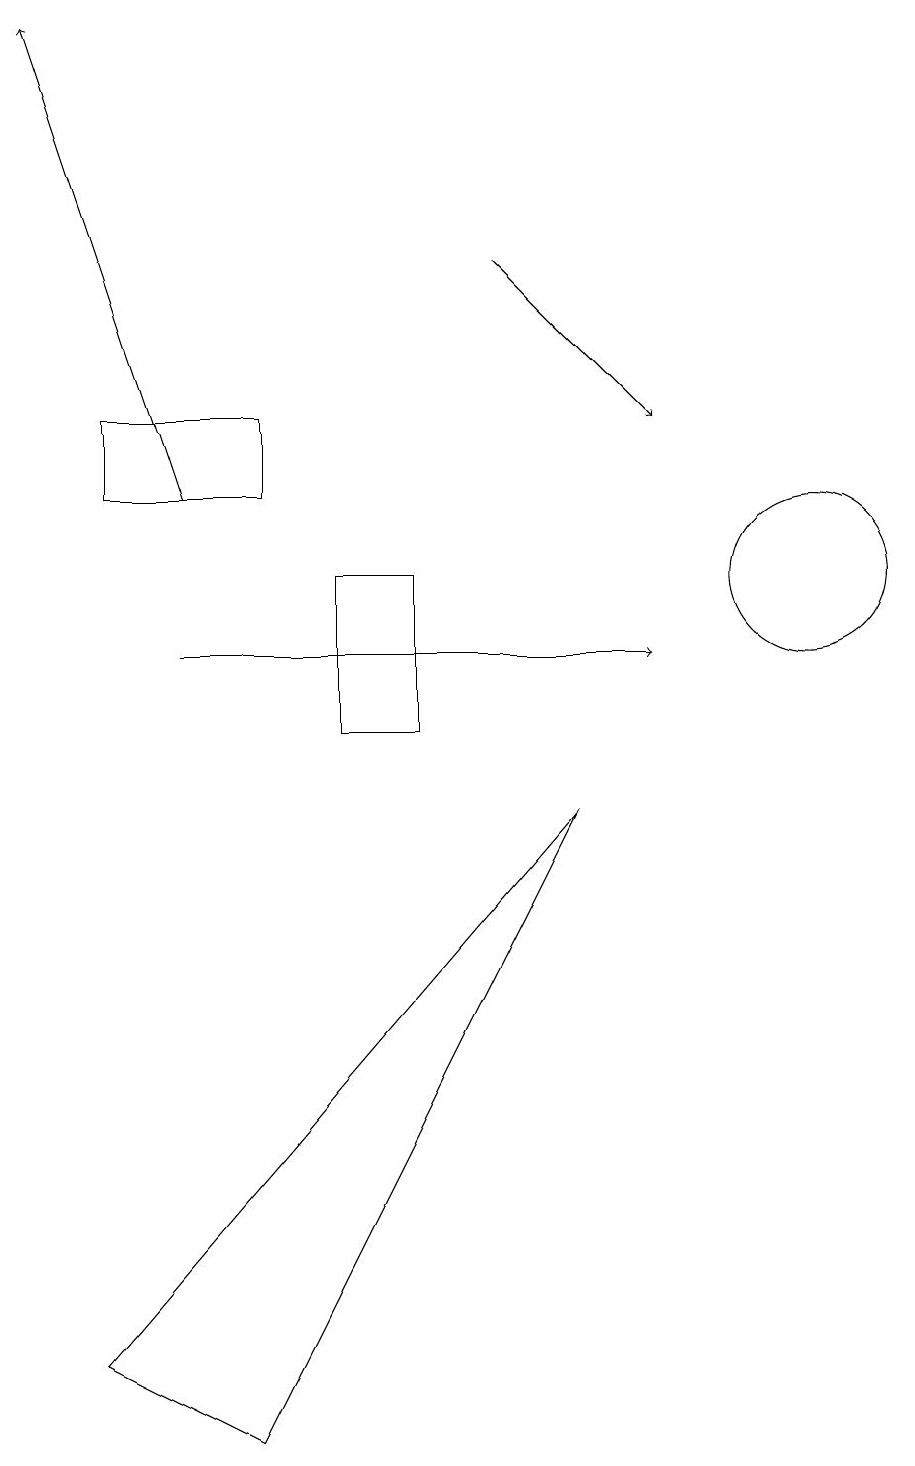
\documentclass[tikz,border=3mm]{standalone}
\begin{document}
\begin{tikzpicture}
\draw (2,14) rectangle (4,13);
\draw[->] (7,16) -- (9,14);
\draw (5,10) rectangle (6,12);
\draw (11,12) circle (1);
\draw[->] (3,11) -- (9,11);
\draw (2,2) -- (8,9) -- (4,1) -- cycle;
\draw[->] (3,13) -- (1,19);
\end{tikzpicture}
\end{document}